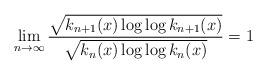
LaTeX: \begin{align*}\lim_{n \to \infty} \frac{\sqrt{k_{n+1}(x)\log\log k_{n+1}(x)}}{\sqrt{k_n(x)\log\log k_n(x)}}=1\end{align*}